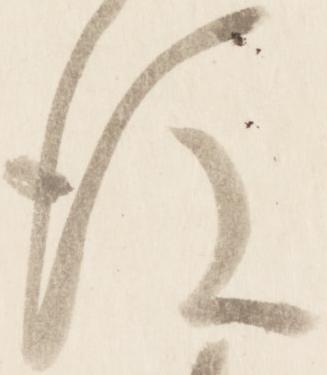
後